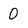
Character: 0